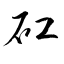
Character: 矼